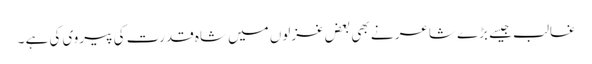
غالب جیسے بڑے شاعر نے بھی بعض غزلوں میں شاہ قدرت کی پیروی کی ہے ۔